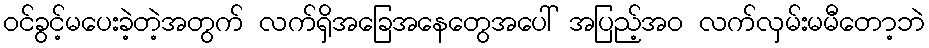
ဝင်ခွင့်မပေးခဲ့တဲ့အတွက် လက်ရှိအခြေအနေတွေအပေါ် အပြည့်အဝ လက်လှမ်းမမီတော့ဘဲ